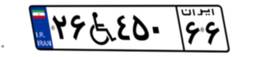
۲۶W۴۵۰۶۶